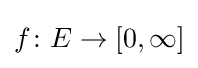
f\colon E\to [0,\infty ]